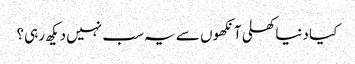
کیا دنیاکھلی آنکھوں سے یہ سب نہیں دیکھ رہی؟